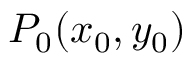
P _ { 0 } ( x _ { 0 } , y _ { 0 } )